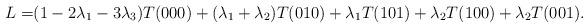
LaTeX: \begin{align*} L=&(1-2\lambda_1-3\lambda_3)T(000)+(\lambda_1+\lambda_2)T(010)+\lambda_1T(101)+\lambda_2T(100)+\lambda_2T(001).\end{align*}